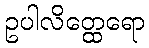
ဥပါလိတ္ထေရော